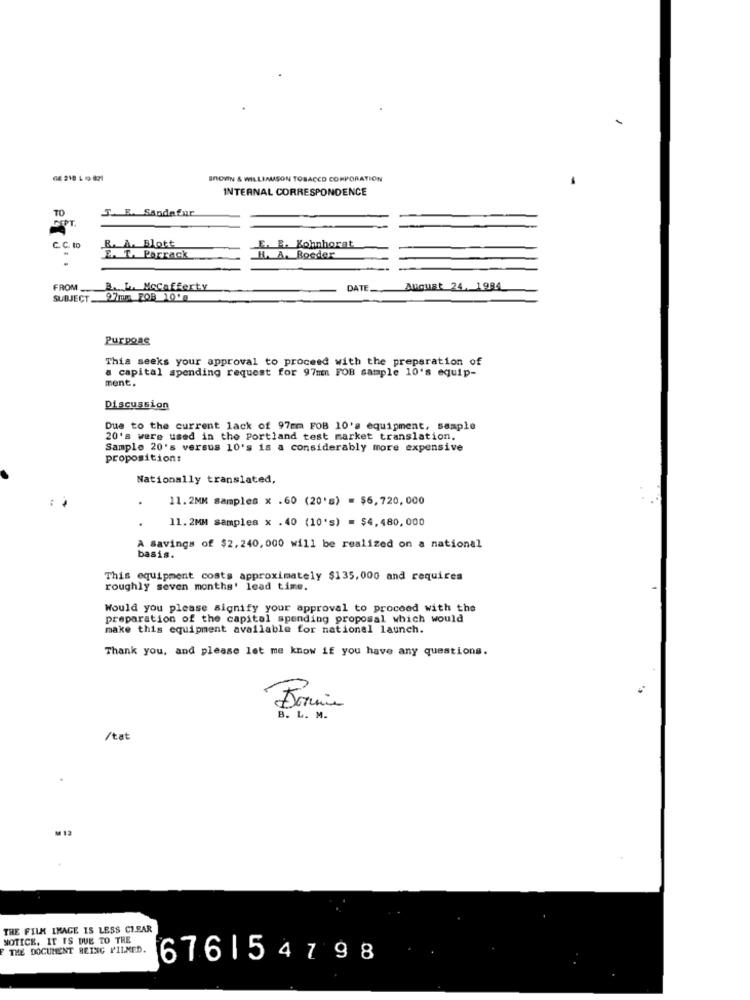
BROVIN & WILLIAMSON TOBACCO CORPORATION
INTERNAL CORRESPONDENCE
3. E. Sandafur
TO
C. C. to
À. Blott
. B. Kohnhorat.
A. T. Porrack
H. A. Roeder
FROM_
B. L. Mccafferty
DATE.
August 24. 1984
SUBJECT
ms FOB 1010
Purpose
This seeks your approval to proceed with the preparation of
a capital spending request for 97mn FOB sample 10's equip-
ment.
Discussion
Due to the current lack of 97mm FOB 10's equipment, sample
20's were used in the Portland test market translation.
Sample 20's versus 10's is a considerably more expensive
proposition:
Nationally translated,
11.2MM samples x .60 (20's) = $6,720,000
11.2MM samples x .40 (10's) = $4,480,000
A savings of $2, 240, 000 will be realized on a national
basis.
This equipment costs approximately $135,000 and requires
roughly seven months' lead time.
Would you please signify your approval to proceed with the
preparation of the capital spending proposal which would
make this equipment available for national launch.
Thank you, and please let me know if you have any questions.
B. L. M.
/tat
M 12
THE FILM IMAGE IS LESS CLEAR
NOTICE. IT IS DUE TO TRE
THE DOCUMENT BEING VILMED.
676154798